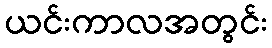
ယင်းကာလအတွင်း